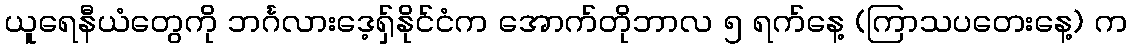
ယူရေနီယံတွေကို ဘင်္ဂလားဒေ့ရှ်နိုင်ငံက အောက်တိုဘာလ ၅ ရက်နေ့ (ကြာသပတေးနေ့) က